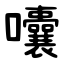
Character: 囔